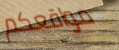
مواقعكم